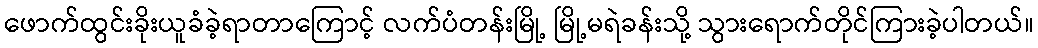
ဖောက်ထွင်းခိုးယူခံခဲ့ရာတာကြောင့် လက်ပံတန်းမြို့ မြို့မရဲခန်းသို့ သွားရောက်တိုင်ကြားခဲ့ပါတယ်။